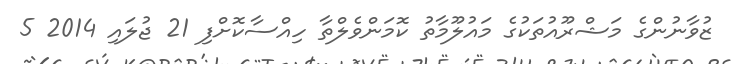
ޒުވާނުންގެ މަޝްރޫއުތަކުގެ މައުލޫމާތު ކޮމަންވެލްތާ ހިއްސާކޮށްފި 21 ޖުލައި 2014 5